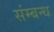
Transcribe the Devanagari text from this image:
संम्बन्ध